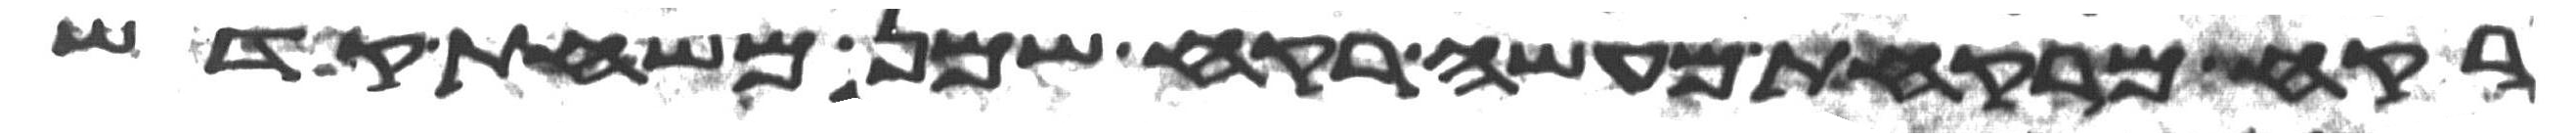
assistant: רקח מרקחת מעשה רקח שמן משחת קדש